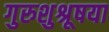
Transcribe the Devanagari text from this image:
गुरुशुश्रूषया